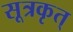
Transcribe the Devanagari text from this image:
सूत्रकृत्